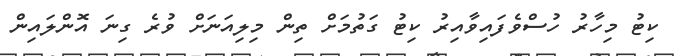
ކިޓު މިހާރު ހުސްވެފައިވާއިރު ކިޓު ގަތުމަށް ތިން މިލިއަނަށް ވުރެ ގިނަ އޮންލައިން